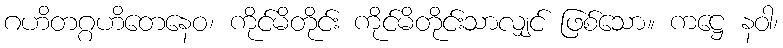
ဂဟိတဂ္ဂဟိတေနေဝ၊ ကိုင်မိတိုင်း ကိုင်မိတိုင်းသာလျှင် ဖြစ်သော။ ကဋ္ဌေ နဝါ၊